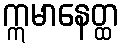
ဣမာနေတ္ထ